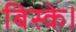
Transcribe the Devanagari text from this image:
बिस्के।